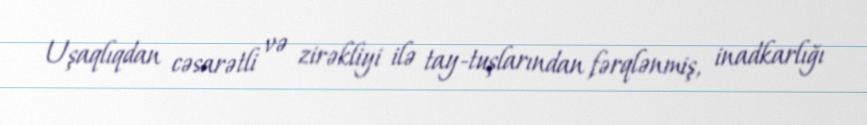
Uşaqlıqdan cəsarətli və zirəkliyi ilə tay-tuşlarından fərqlənmiş, inadkarlığı